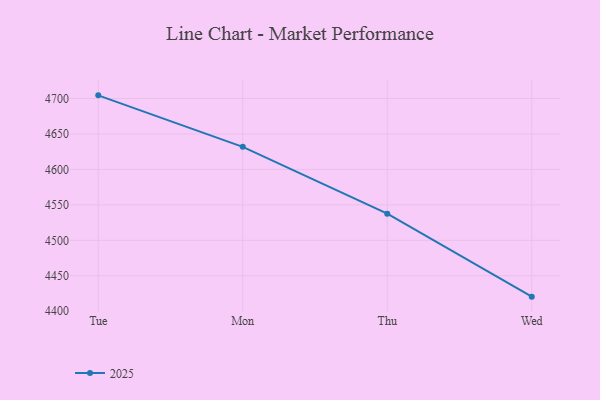
{"axis": {"x": "Day", "y": "Shipments"}, "legend": ["2025"], "data": [{"x": "Tue", "y": 4704.5, "type": "2025"}, {"x": "Mon", "y": 4631.9, "type": "2025"}, {"x": "Thu", "y": 4537.6, "type": "2025"}, {"x": "Wed", "y": 4420.5, "type": "2025"}]}